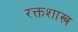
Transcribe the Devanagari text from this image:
रक्तशास्त्र